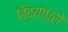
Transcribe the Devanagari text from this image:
विद्याधरो